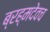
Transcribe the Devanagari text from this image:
ब्रह्मदेवच